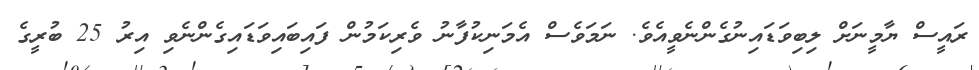
ރައީސް ޔާމީނަށް ލިބިވަޑައިނުގެންނެވީއެވެ. ނަމަވެސް އެމަނިކުފާނު ވެރިކަމުން ފައިބައިވަޑައިގެންނެވި އިރު 25 ބުރީގެ